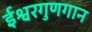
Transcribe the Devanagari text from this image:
ईश्वरगुणगान